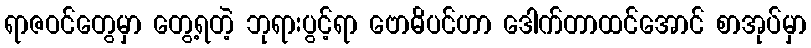
ရာဇဝင်တွေမှာ တွေ့ရတဲ့ ဘုရားပွင့်ရာ ဗောဓိပင်ဟာ ဒေါက်တာထင်အောင် စာအုပ်မှာ